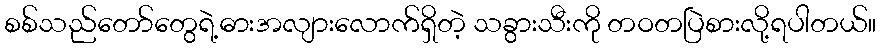
စစ်သည်တော်တွေရဲ့ဓားအလျားလောက်ရှိတဲ့ သခွားသီးကို တဝတပြဲစားလို့ရပါတယ်။